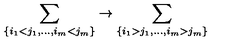
\sum _ { \{ i _ { 1 } < j _ { 1 } , \ldots , i _ { m } < j _ { m } \} } \rightarrow \sum _ { \{ i _ { 1 } > j _ { 1 } , \ldots , i _ { m } > j _ { m } \} }